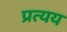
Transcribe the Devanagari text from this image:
प्रत्‍यय